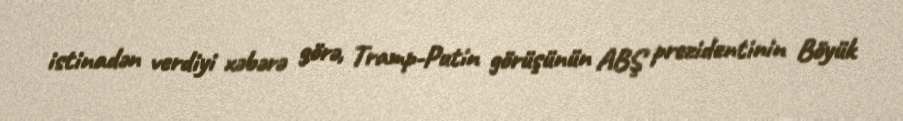
istinadən verdiyi xəbərə görə, Tramp-Putin görüşünün ABŞ prezidentinin Böyük